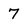
Character: 7